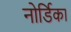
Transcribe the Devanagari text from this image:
नोर्डिका